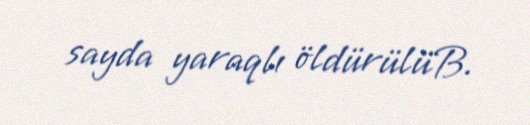
sayda yaraqlı öldürülüB.